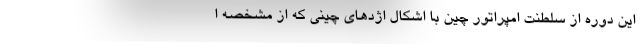
این دوره از سلطنت امپراتور چین با اشکال اژدهای چینی که از مشخصه ا